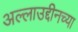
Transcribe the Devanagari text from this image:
अल्लाउद्दीनच्या